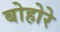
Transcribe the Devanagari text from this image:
बोहोरे